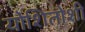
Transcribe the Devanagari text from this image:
योशितोशी